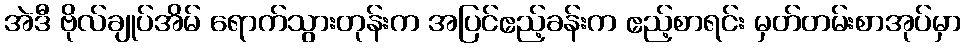
အဲဒီ ဗိုလ်ချုပ်အိမ် ရောက်သွားတုန်းက အပြင်ဧည့်ခန်းက ဧည့်စာရင်း မှတ်တမ်းစာအုပ်မှာ